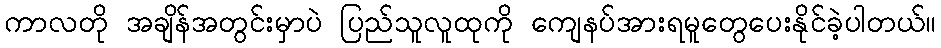
ကာလတို အချိန်အတွင်းမှာပဲ ပြည်သူလူထုကို ကျေနပ်အားရမူတွေပေးနိုင်ခဲ့ပါတယ်။